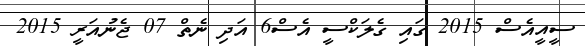
ސީއީއެސް 2015 ގައި ގެލަކްސީ އެސް6 އަދި ނެތް 07 ޖެނުއަރީ 2015